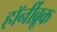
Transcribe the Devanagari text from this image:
हॉर्नीब्रूक